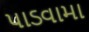
પાડવામા